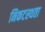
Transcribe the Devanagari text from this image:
निकटस्थता